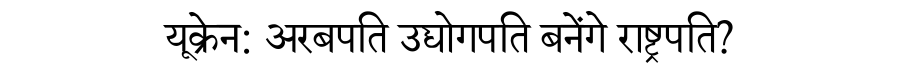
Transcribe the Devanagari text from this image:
यूक्रेन: अरबपति उद्योगपति बनेंगे राष्ट्रपति?